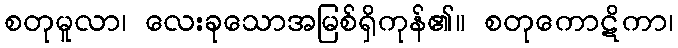
စတုမူလာ၊ လေးခုသောအမြစ်ရှိကုန်၏။ စတုကောဋိကာ၊